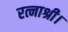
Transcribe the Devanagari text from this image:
रत्नाश्री।